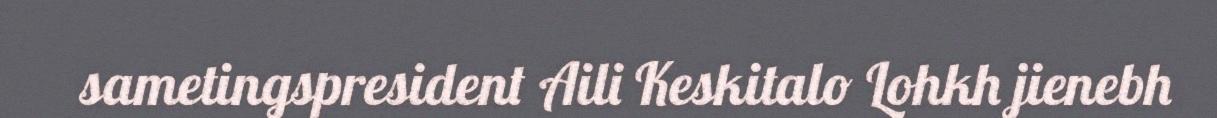
sametingspresident Aili Keskitalo Lohkh jienebh